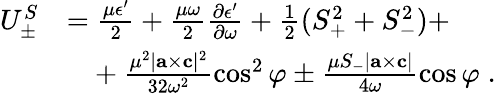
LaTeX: \begin{array}{rl}{U_{\pm}^{S}}&{=\frac{\mu\epsilon^{\prime}}{2}+\frac{\mu\omega}{2}\frac{\partial\epsilon^{\prime}}{\partial\omega}+\frac{1}{2}(S_{+}^{2}+S_{-}^{2})+}\\ &{\phantom{=}+\frac{\mu^{2}|{\mathbf{a}}\times{\mathbf{c}}|^{2}}{32\omega^{2}}\cos^{2}\varphi\pm\frac{\mu S_{-}|{\mathbf{a}}\times{\mathbf{c}}|}{4\omega}\cos\varphi\; .}\end{array}